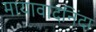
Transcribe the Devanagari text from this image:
मायावादनिंदा